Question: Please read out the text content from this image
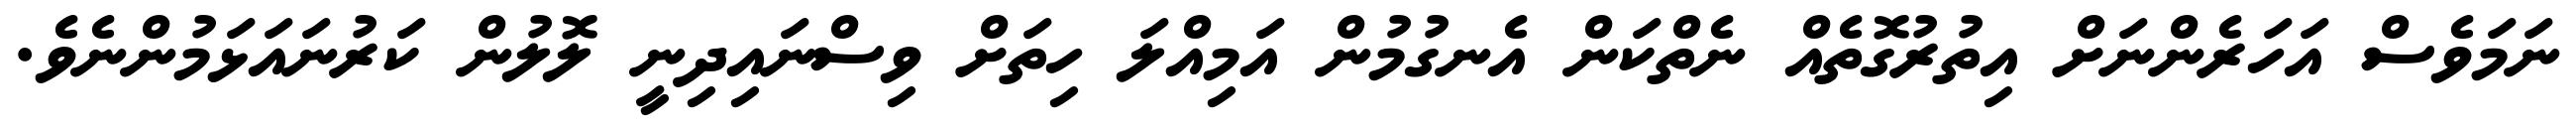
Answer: ނަމަވެސް އަހަރެންނަށް އިތުރުގޮތެއް ނެތްކަން އެނގުމުން އަމިއްލަ ހިތަށް ވިސްނައިދިނީ ލޮލުން ކަރުނައަޅަމުންނެވެ.